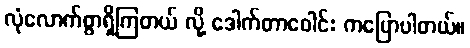
လုံလောက်စွာရှိကြတယ် လို့ ဒေါက်တာဝေါင်း ကပြောပါတယ်။